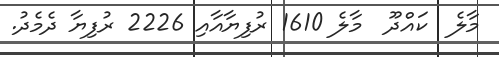
މާލެ  ކައްދޫ  މާލެ 1610 ރުފިޔާއާއި 2226 ރުފިޔާ ދެމެދު.